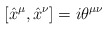
\begin{align*} [\hat x^\mu, \hat x^\nu]=i\theta^{\mu\nu}\end{align*}